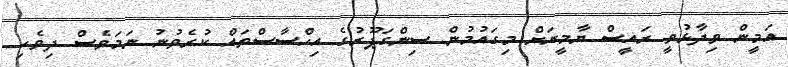
އަމީން ވިދާޅުވީ ރައީސް ޔާމީނަށް މިގައުމުން ސިންގަޕޫރުގެ އިހްސާސްތައް ކުރެވުނު ނަމަވެސް ދިވެހި